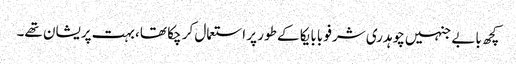
کچھ بابے جنہیں چوہدری شرفو بابا یکا کے طور پر استعمال کر چکا تھا، بہت پریشان تھے۔